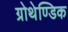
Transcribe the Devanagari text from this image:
ग्रोथेण्डिक